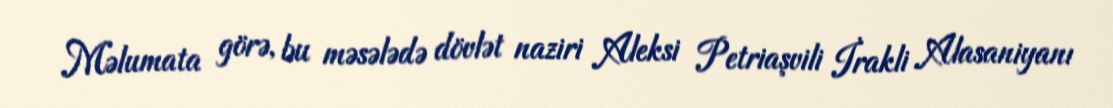
Məlumata görə, bu məsələdə dövlət naziri Aleksi Petriaşvili İrakli Alasaniyanı